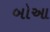
બોઆ